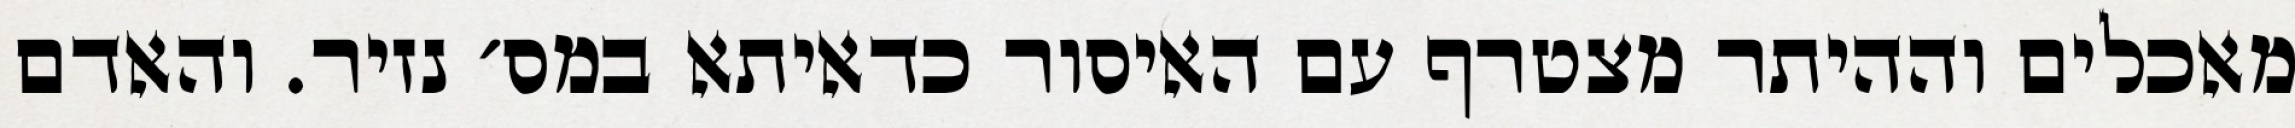
מאכלים וההיתר מצטרף עם האיסור כדאיתא במס׳ נזיר. והאדם